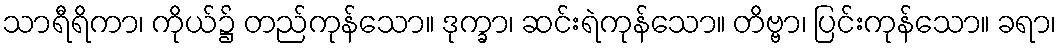
သာရီရိကာ၊ ကိုယ်၌ တည်ကုန်သော။ ဒုက္ခာ၊ ဆင်းရဲကုန်သော။ တိဗ္ဗာ၊ ပြင်းကုန်သော။ ခရာ၊